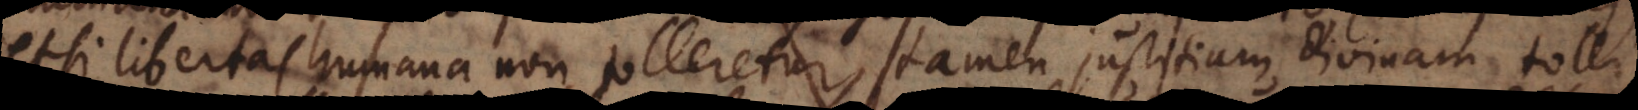
etsi libertas humana non tolleretur, tamen justitiam divinam tolli,